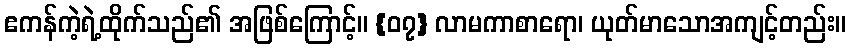
ဧကန်ကဲ့ရဲ့ထိုက်သည်၏ အဖြစ်ကြောင့်။ {၀၇} လာမကာစာရော၊ ယုတ်မာသောအကျင့်တည်း။